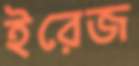
ইরেজ